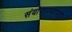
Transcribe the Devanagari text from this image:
संयोगाज्जायते